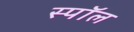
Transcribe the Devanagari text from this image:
स्पॉल